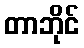
တာဘိုင်